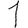
Digit: 1